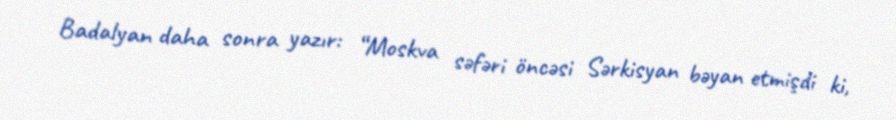
Badalyan daha sonra yazır: “Moskva səfəri öncəsi Sərkisyan bəyan etmişdi ki,